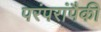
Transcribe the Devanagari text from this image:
परंपरांपैकी